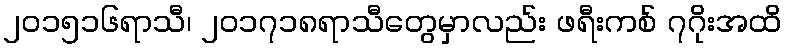
၂၀၁၅၁၆ရာသီ၊ ၂၀၁၇၁၈ရာသီတွေမှာလည်း ဖရီးကစ် ၇ဂိုးအထိ